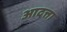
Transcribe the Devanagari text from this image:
आदत्ता